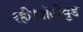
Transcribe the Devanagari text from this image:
रही।बॉलीवुड